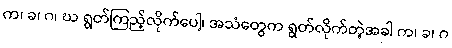
က၊ ခ၊ ဂ၊ ဃ ရွတ်ကြည့်လိုက်ပေါ့၊ အသံတွေက ရွတ်လိုက်တဲ့အခါ က၊ ခ၊ ဂ